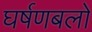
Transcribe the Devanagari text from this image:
घर्षणबलों